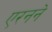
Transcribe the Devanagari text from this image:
एरनने